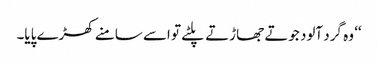
‘‘ وہ گرد آلود جوتے جھاڑتے پلٹے تو اسے سامنے کھڑے پایا۔